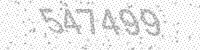
Solution: 547499